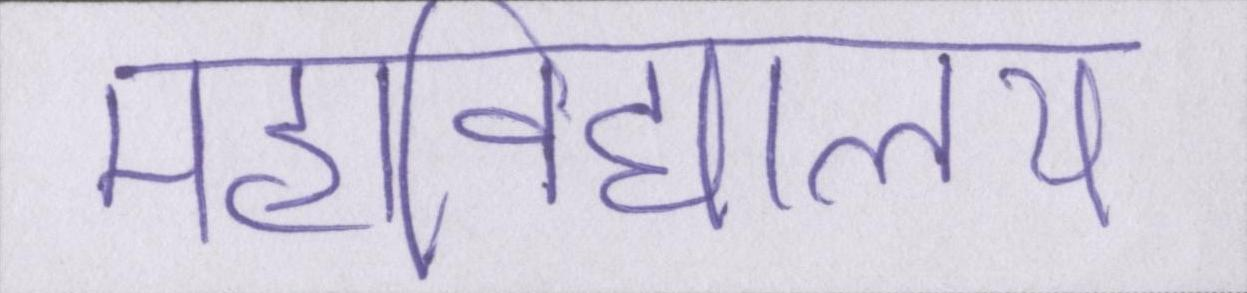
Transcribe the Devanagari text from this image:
महाविद्यालय